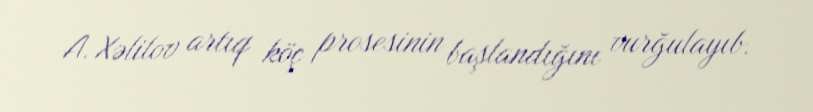
A. Xəlilov artıq köç prosesinin başlandığını vurğulayıb.